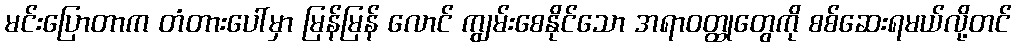
မင်းပြောတာက တံတားပေါ်မှာ မြန်မြန် လောင် ကျွမ်းစေနိုင်သော အရာဝတ္ထုတွေကို စစ်ဆေးရမယ်လို့တင်